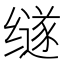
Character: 䍁